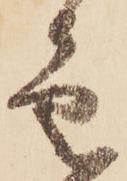
色